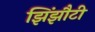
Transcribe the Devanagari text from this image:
झिंझौटी